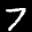
Label: 7